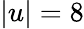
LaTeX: |u|=8